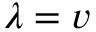
\lambda = v